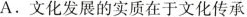
A. 文化发展的实质在于文化传承